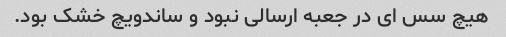
هیچ سس اى در جعبه ارسالى نبود و ساندویچ خشک بود.